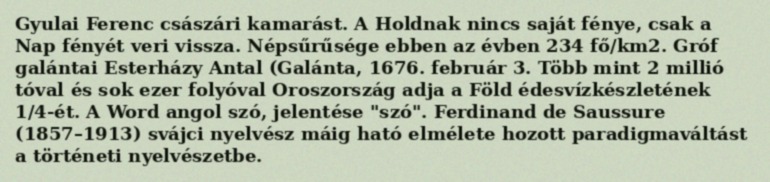
Gyulai Ferenc császári kamarást. A Holdnak nincs saját fénye, csak a Nap fényét veri vissza. Népsűrűsége ebben az évben 234 fő/km2. Gróf galántai Esterházy Antal (Galánta, 1676. február 3. Több mint 2 millió tóval és sok ezer folyóval Oroszország adja a Föld édesvízkészletének 1/4-ét. A Word angol szó, jelentése "szó". Ferdinand de Saussure (1857–1913) svájci nyelvész máig ható elmélete hozott paradigmaváltást a történeti nyelvészetbe.